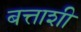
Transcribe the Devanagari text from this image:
बत्ताशी